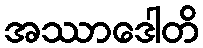
အဿာဒေါတိ